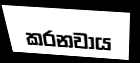
කරනවාය